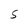
Character: S